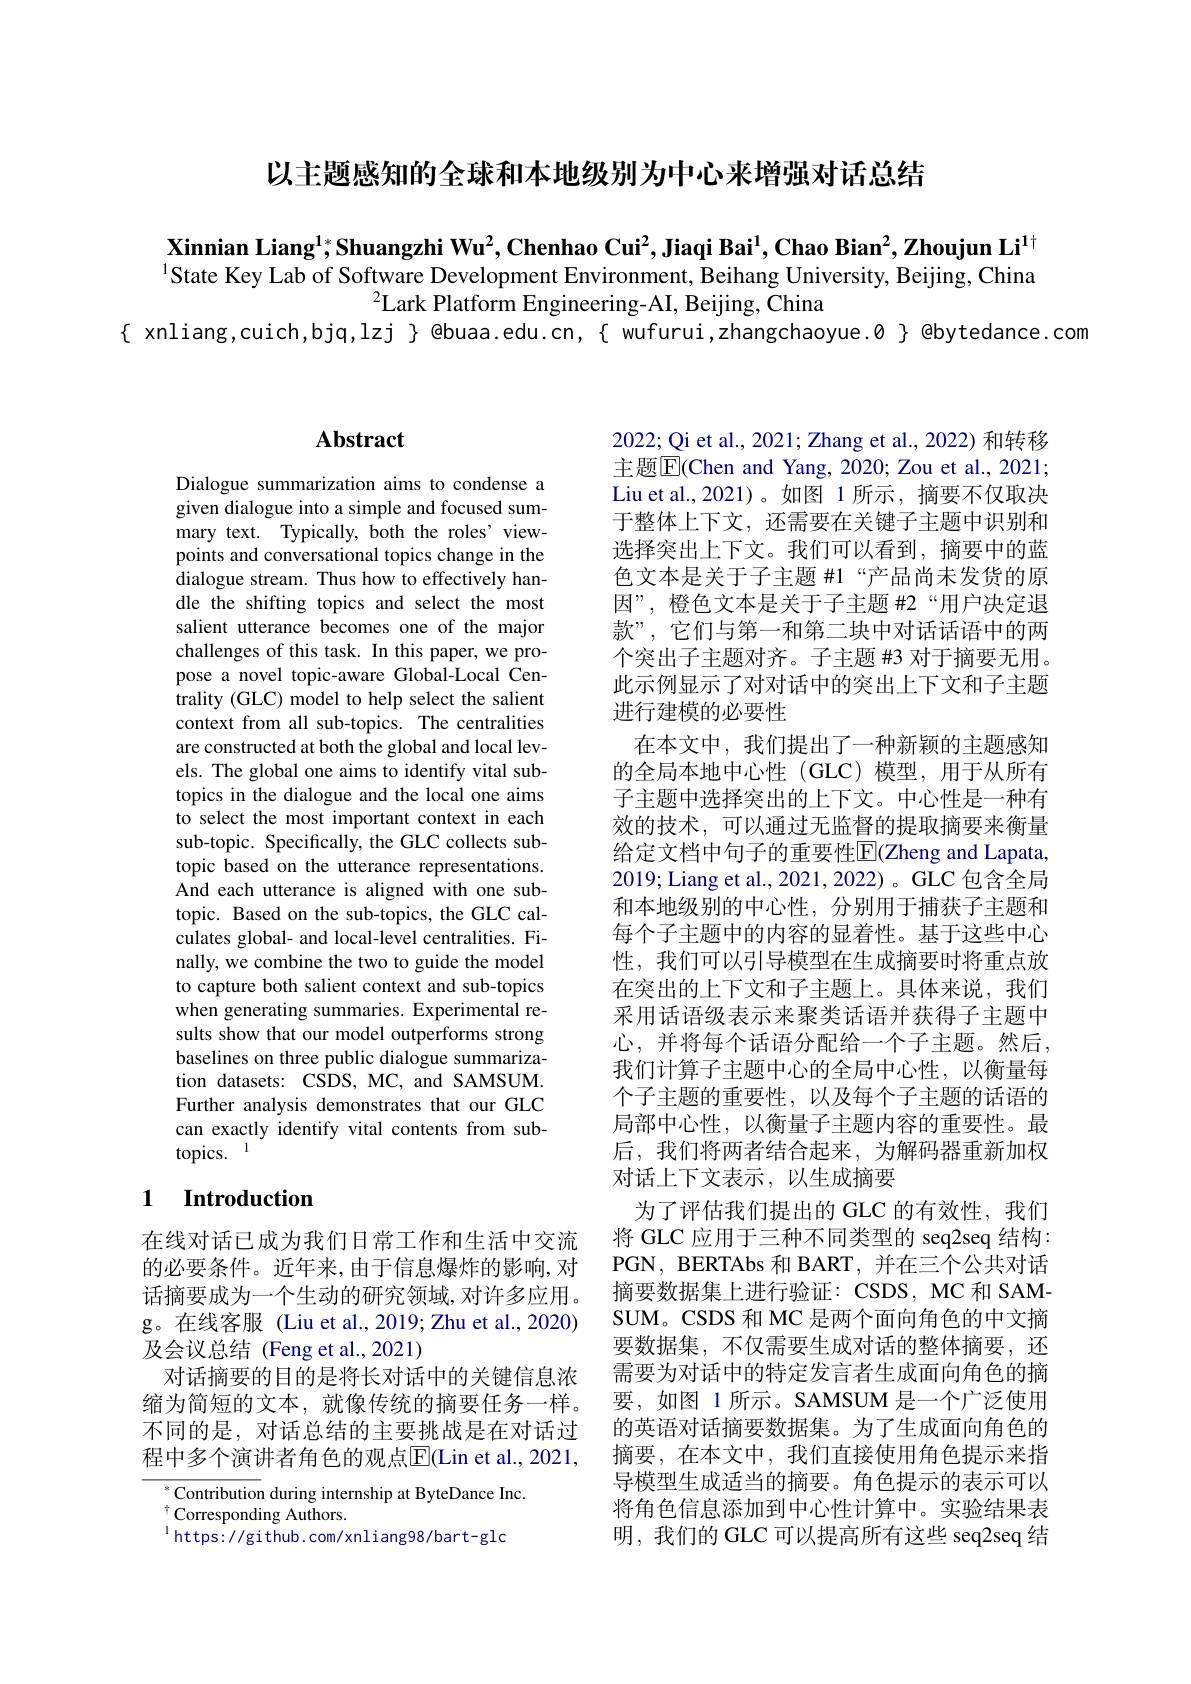
以主题感知的全球和本地级别为中心来增强对话总结

Xinnian Liang$^1;\text{Shuangzhi Wu}^2,\textbf{Chenhao Cui}^2,\textbf{Jiaqi Bai}^1,\textbf{Chao Bian}^2,\textbf{Zhoujun Li}^{1\dagger}$ $^{1}$State Key Lab of Software Development Environment, Beihang University, Beijing, China
$^2$Lark Platform Engineering-AI, Beijing, $\bar{\text{China}}$
$\{$ xnliang,cuich,bjq,lzj $\}$ @buaa.edu.cn,{ wufurui,zhangchaoyue.Ø $\}$ @bytedance.com

## $\mathbf{Abstract}$

Dialogue summarization aims to condense a given dialogue into a simple and focused summary text. Typically, both the roles' viewpoints and conversational topics change in the dialogue stream. Thus how to effectively handle the shifting topics and select the most salient utterance becomes one of the major challenges of this task. In this paper, we propose a novel topic-aware Global-Local Centrality (GLC) model to help select the salient context from all sub-topics. The centralities are constructed at both the global and local levels. The global one aims to identify vital subtopics in the dialogue and the local one aims to select the most important context in each sub-topic. Specifically, the GLC collects subtopic based on the utterance representations. And each utterance is aligned with one subtopic. Based on the sub-topics, the GLC calculates global- and local-level centralities. Finally, we combine the two to guide the model to capture both salient context and sub-topics when generating summaries. Experimental results show that our model outperforms strong baselines on three public dialogue summarization datasets: CSDS, MC, and SAMSUM. Further analysis demonstrates that our GLC can exactly identify vital contents from subtopics. 1

# 1 Introduction

在线对话已成为我们日常工作和生活中交流的必要条件。近年来，由于信息爆炸的影响，对话摘要成为一个生动的研究领域，对许多应用。g。在线客服 (Liu et al.,2019; Zhu et al.,2020) 及会议总结 (Feng et al.,2021)
对话摘要的目的是将长对话中的关键信息浓缩为简短的文本，就像传统的摘要任务一样。不同的是，对话总结的主要挑战是在对话过程中多个演讲者角色的观点$\overline{\mathrm{E}}($Lin et al., 2021,

${^{*}\text{Contribution during internship at ByteDance Inc.}}$
$^{\dagger}$Corresponding Authors.
$^{\mathrm{l}}$https: //github. com/xnliang98/bart-glc

2022; Qi et al., 2021; Zhang et al., 2022) 和转移主题$\overline{\mathrm{E}}($Chen and Yang,2020; Zou et al., 2021; Liu et al.,2021)。如图 1 所示，摘要不仅取决于整体上下文，还需要在关键子主题中识别和选择突出上下文。我们可以看到，摘要中的蓝色文本是关于子主题 #1“产品尚未发货的原因”, 橙色文本是关于子主题 #2“用户决定退款”,它们与第一和第二块中对话话语中的两个突出子主题对齐。子主题 #3 对于摘要无用。此示例显示了对对话中的突出上下文和子主题进行建模的必要性
在本文中，我们提出了一种新颖的主题感知的全局本地中心性(GLC)模型，用于从所有子主题中选择突出的上下文。中心性是一种有效的技术，可以通过无监督的提取摘要来衡量给定文档中句子的重要性$\overline{\mathrm{E}}$(Zheng and Lapata, 2019; Liang et al., 2021, 2022) 。GLC 包含全局和本地级别的中心性，分别用于捕获子主题和每个子主题中的内容的显着性。基于这些中心性，我们可以引导模型在生成摘要时将重点放在突出的上下文和子主题上。具体来说，我们采用话语级表示来聚类话语并获得子主题中心，并将每个话语分配给一个子主题。然后， 我们计算子主题中心的全局中心性，以衡量每个子主题的重要性，以及每个子主题的话语的局部中心性，以衡量子主题内容的重要性。最后，我们将两者结合起来，为解码器重新加权对话上下文表示，以生成摘要
为了评估我们提出的 GLC 的有效性，我们将 GLC 应用于三种不同类型的 seq2seq 结构： PGN, BERTAbs 和 BART,并在三个公共对话摘要数据集上进行验证：CSDS, MC 和 SAMSUM。CSDS 和 MC 是两个面向角色的中文摘要数据集，不仅需要生成对话的整体摘要，还需要为对话中的特定发言者生成面向角色的摘要，如图 1 所示。SAMSUM 是一个广泛使用的英语对话摘要数据集。为了生成面向角色的摘要，在本文中，我们直接使用角色提示来指导模型生成适当的摘要。角色提示的表示可以将角色信息添加到中心性计算中。实验结果表明，我们的 GLC 可以提高所有这些 seq2seq 结